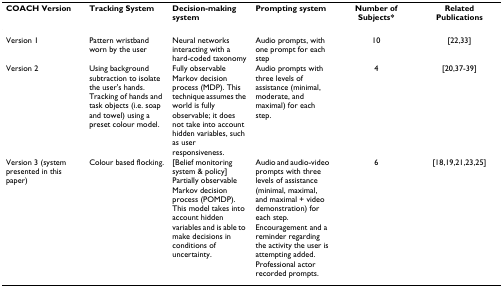
<table><thead><tr><td><b>COACH Version</b></td><td><b>Tracking System</b></td><td><b>Decision-making system</b></td><td><b>Prompting system</b></td><td><b>Number of Subjects*</b></td><td><b>Related Publications</b></td></tr></thead><tbody><tr><td>Version 1</td><td>Pattern wristband worn by the user</td><td>Neural networks interacting with a hard-coded taxonomy</td><td>Audio prompts, with one prompt for each step</td><td>10</td><td>[22,33]</td></tr><tr><td>Version 2</td><td>Using background subtraction to isolate the user&#x27;s hands. Tracking of hands and task objects (i.e. soap and towel) using a preset colour model.</td><td>Fully observable Markov decision process (MDP). This technique assumes the world is fully observable; it does not take into account hidden variables, such as user responsiveness.</td><td>Audio prompts with three levels of assistance (minimal, moderate, and maximal) for each step.</td><td>4</td><td>[20,37-39]</td></tr><tr><td>Version 3 (system presented in this paper)</td><td>Colour based flocking.</td><td>[Belief monitoring system &amp; policy] Partially observable Markov decision process (POMDP). This model takes into account hidden variables and is able to make decisions in conditions of uncertainty.</td><td>Audio and audio-video prompts with three levels of assistance (minimal, maximal, and maximal + video demonstration) for each step. Encouragement and a reminder regarding the activity the user is attempting added. Professional actor recorded prompts.</td><td>6</td><td>[18,19,21,23,25]</td></tr></tbody></table>